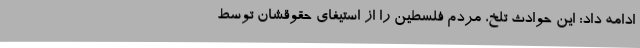
ادامه داد: این حوادث تلخ، مردم فلسطین را از استیفای حقوقشان توسط